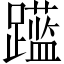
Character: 𲄍